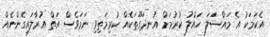
އެކަމަކު އެ މައްސަަލަ ހައްލު ކުރުމަށް އުނދަގޫތަކެއް ކުރިމަތިވި ނަމަވެސް އަތް އުރާލައިގެންނެއް